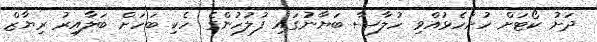
ދަށު ކޯޓަށް ހުށަހެޅުއްވި ހުލާސާ ބަޔާނުގައި ފުލުހުންގެ ހެކި ބަހަށް ބަލާއިރު ރިޔާޒް